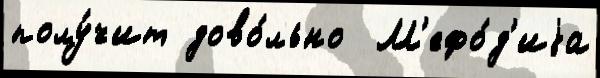
полу́чит дово́льно  М'ефо́д'иjа